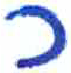
אות: כ